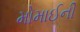
મોમાઈની